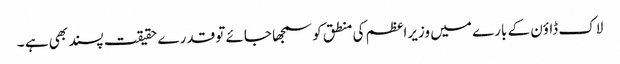
لاک ڈاؤن کے بارے میں وزیراعظم کی منطق کو سمجھا جائے تو قدرے حقیقت پسند بھی ہے ۔